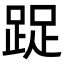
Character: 踀